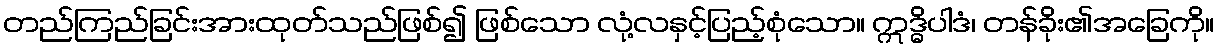
တည်ကြည်ခြင်းအားထုတ်သည်ဖြစ်၍ ဖြစ်သော လုံ့လနှင့်ပြည့်စုံသော။ ဣဒ္ဓိပါဒံ၊ တန်ခိုး၏အခြေကို။